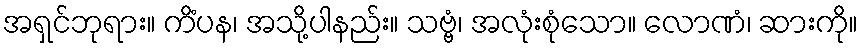
အရှင်ဘုရား။ ကိံပန၊ အသို့ပါနည်း။ သဗ္ဗံ၊ အလုံးစုံသော။ လောဏံ၊ ဆားကို။